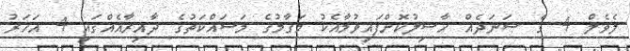
ލެވެލް 4 ގެ ސަނަދެއް ހާސިލުކޮށްފައިވުމާއެކު މަޤާމުގެ މަސައްކަތުގެ ދާއިރާއެއްގައި 4 އަހަރު